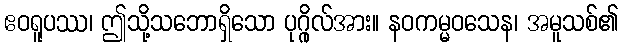
ဧဝရူပဿ၊ ဤသို့သဘောရှိသော ပုဂ္ဂိုလ်အား။ နဝကမ္မဝသေန၊ အမူသစ်၏